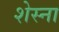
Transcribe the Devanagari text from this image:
शेस्ना